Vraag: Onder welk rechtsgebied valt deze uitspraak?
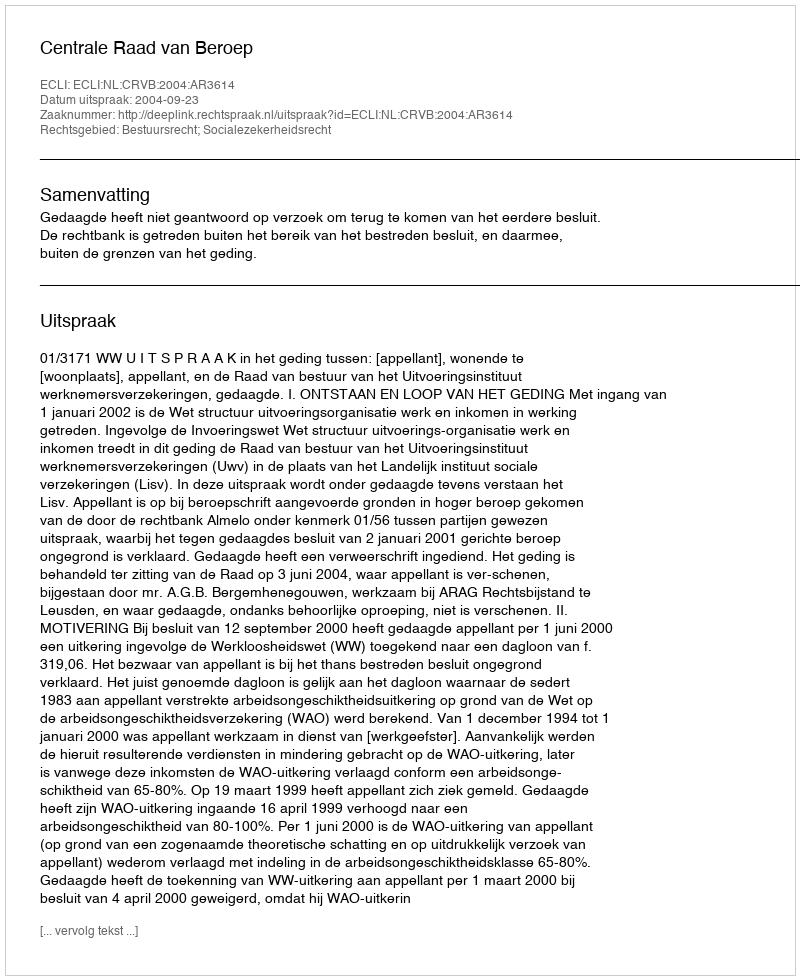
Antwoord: Bestuursrecht; Socialezekerheidsrecht